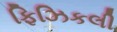
ફિઝિકલી